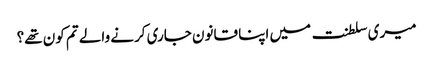
میری سلطنت میں اپنا قانون جاری کرنے والے تم کون تھے؟